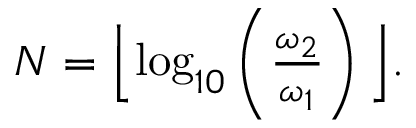
\begin{array} { r } { N = \Bigl \lfloor \log _ { 1 0 } \left( \frac { \omega _ { 2 } } { \omega _ { 1 } } \right) \Bigl \rfloor . } \end{array}